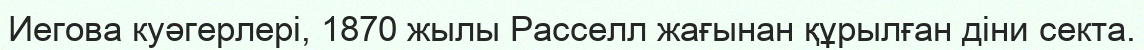
Иегова куәгерлері, 1870 жылы Расселл жағынан құрылған діни секта.